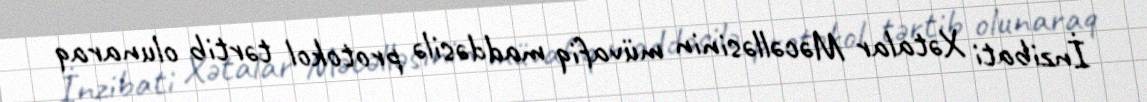
İnzibati Xətalar Məcəlləsinin müvafiq maddəsilə protokol tərtib olunaraq